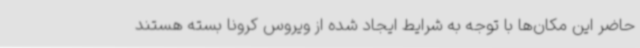
حاضر این مکان‌ها با توجه به شرایط ایجاد شده از ویروس کرونا بسته هستند